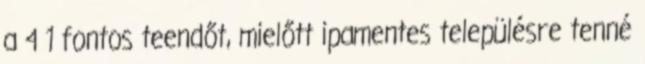
a 4 1 fontos teendőt, mielőtt ipamentes településre tenné